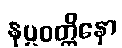
နပ္ပဝတ္တိနော